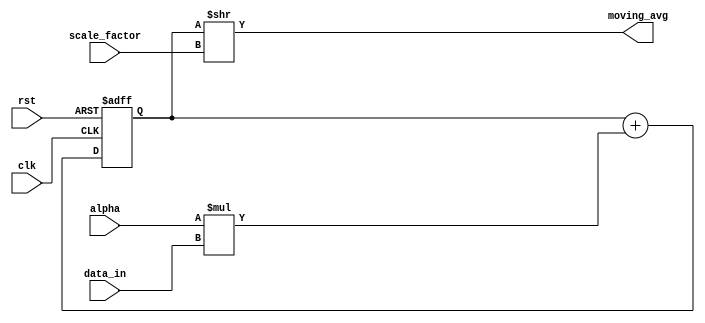
module exp_mov_avg_accumulator (
    input wire clk,
    input wire rst,
    input wire [7:0] data_in,
    input wire [7:0] alpha,
    input wire [7:0] scale_factor,
    output reg [15:0] moving_avg
);

reg [15:0] sum = 16'd0;

always @(posedge clk or posedge rst)
begin
    if (rst)
        sum <= 16'd0;
    else
        sum <= sum + (alpha * data_in);
end

assign moving_avg = sum >> scale_factor;

endmodule